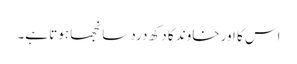
اس کا اور خاوند کا دکھ درد سانجھا ہوتا ہے۔